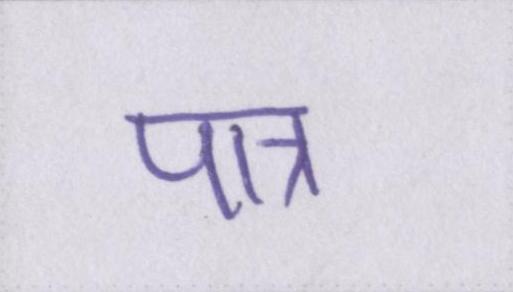
पात्र